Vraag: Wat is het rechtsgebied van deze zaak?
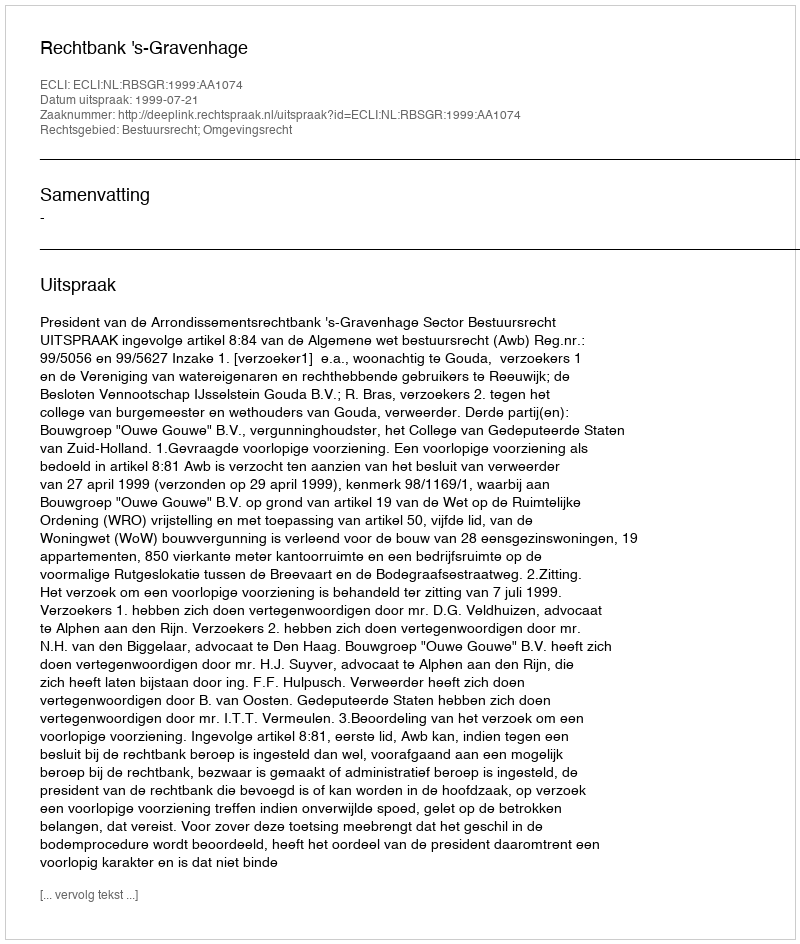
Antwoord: Bestuursrecht; Omgevingsrecht